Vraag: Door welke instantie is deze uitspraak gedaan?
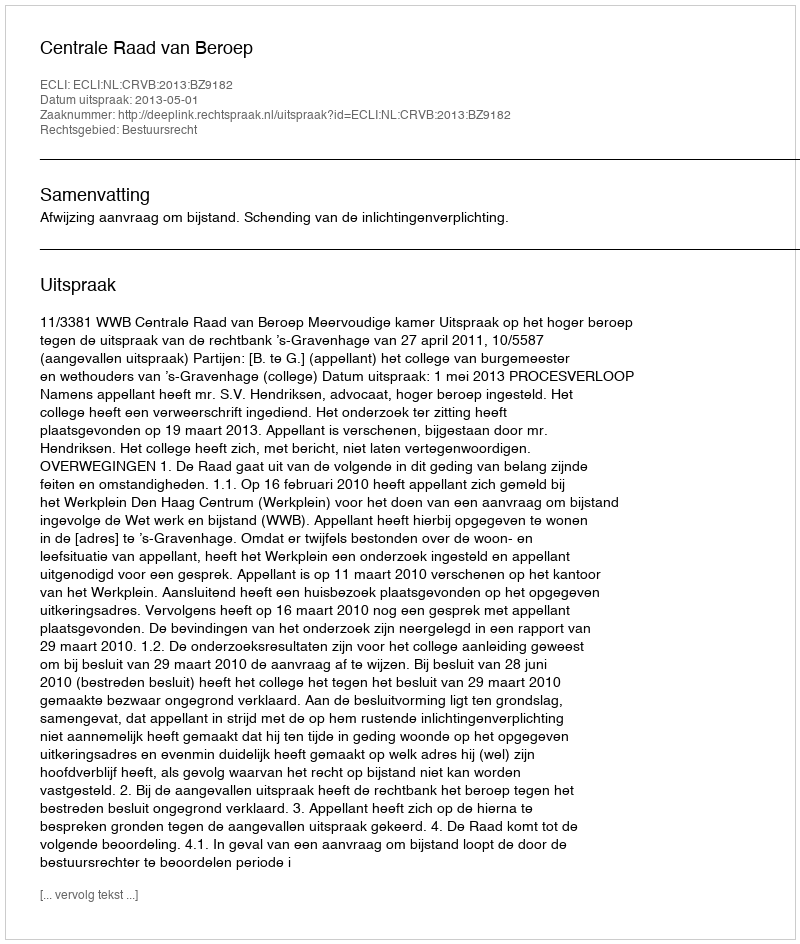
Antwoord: Centrale Raad van Beroep